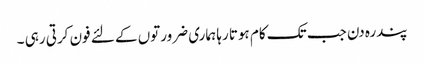
پندرہ دن جب تک کام ہوتا رہا ہماری ضرورتوں کے لئے فون کرتی رہی ۔